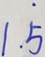
1 . \dot { 5 }